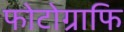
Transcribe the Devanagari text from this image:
फोटोग्राफि